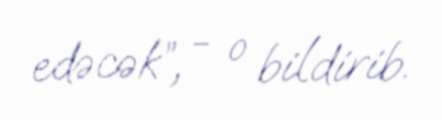
edəcək”, - o bildirib.